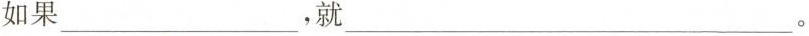
如果___，就___。